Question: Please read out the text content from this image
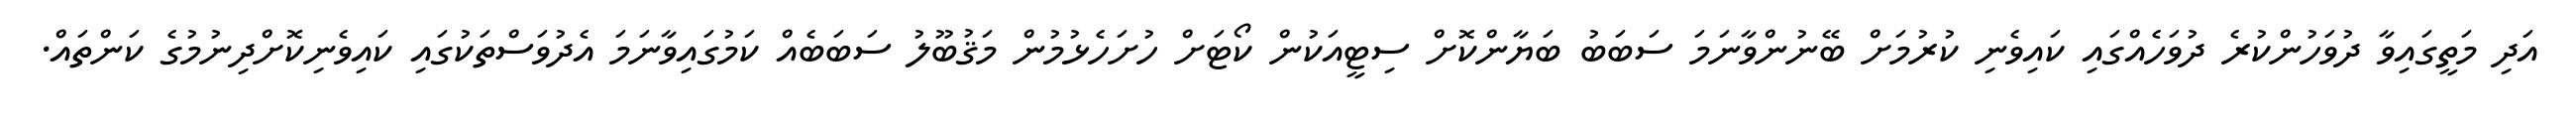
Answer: އަދި މަތީގައިވާ ދުވަހުންކުރެ ދުވަހެއްގައި ކައިވެނި ކުރުމަށް ބޭނުންވާނަމަ ސަބަބު ބަޔާންކޮށް ސިޓީއަކުން ކޯޓަށް ހުށަހެޅުމުން މަޤުބޫލު ސަބަބެއް ކަމުގައިވާނަމަ އެދުވަސްތަކުގައި ކައިވެނިކޮށްދިނުމުގެ ކަންތައް.